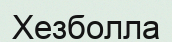
Хезболла